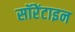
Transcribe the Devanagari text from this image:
सॉरेंटाइन